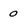
Character: 0